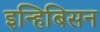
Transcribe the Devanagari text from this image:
इन्हिबिसन